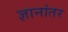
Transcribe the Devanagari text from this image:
ज्ञानांतर